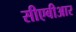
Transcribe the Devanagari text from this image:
सीएबीआर